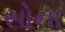
સોના